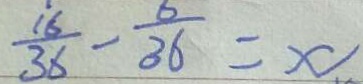
\frac { 1 6 } { 3 6 } - \frac { 6 } { 3 6 } = x